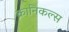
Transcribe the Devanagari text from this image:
क्रानिकल्स